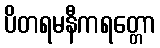
ပိတရမနီကရတ္တော